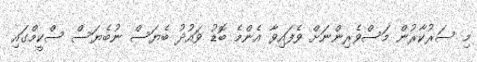
މި ސަރުކާރުން މަސްވެރިންނަށް ވެފައިވާ އެންމެ ބޮޑު ވައުދު ބެޔަސް ނުބެޔަސް ސްކީމްގައި